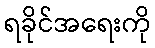
ရခိုင်အရေးကို